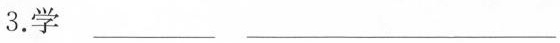
3.学___ ___